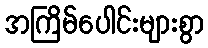
အကြိမ်ပေါင်းများစွာ